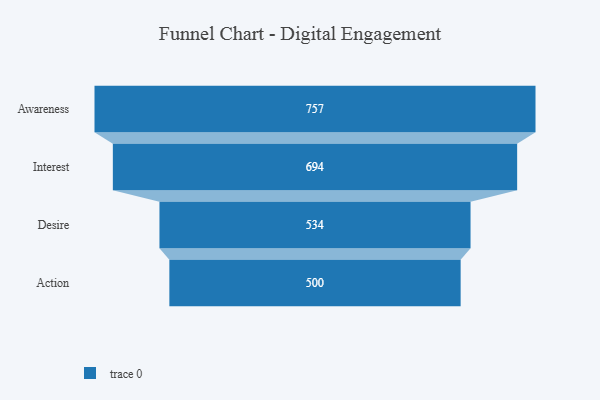
{"axis": {"x": "Stage", "y": "Value"}, "legend": [""], "data": [{"x": "Awareness", "y": 757.0, "type": ""}, {"x": "Interest", "y": 694.0, "type": ""}, {"x": "Desire", "y": 534.0, "type": ""}, {"x": "Action", "y": 500, "type": ""}]}